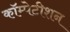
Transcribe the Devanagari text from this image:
कॉम्पेटीशन